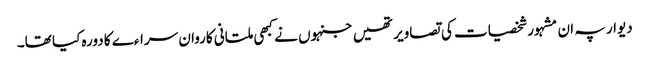
دیوار پہ ان مشہور شخصیات کی تصاویر تھیں جنہوں نے کبھی ملتانی کاروان سراءے کا دورہ کیا تھا۔